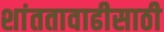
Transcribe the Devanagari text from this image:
शांततावाढीसाठी